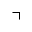
\urcorner